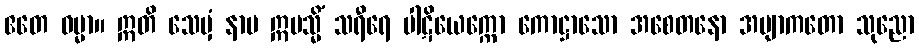
ဧတေ ဓမ္မာ။ ဣတိ သေမှံ နာမ ဣမသ္မိံ သရီရေ ပါဋိယေက္ကော ကောဋ္ဌာသော အစေတနော အဗျာကတော သုညော